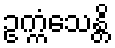
ဥက္ကံသေန္တိ